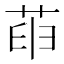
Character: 𦱸